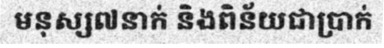
មនុស្ស៧នាក់ និងពិន័យជាប្រាក់